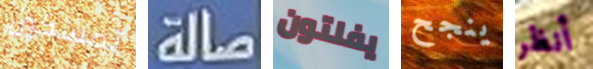
تمسكين صالة يفلتون ينجح أنظر